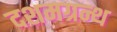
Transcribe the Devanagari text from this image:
दशमग्रन्थ